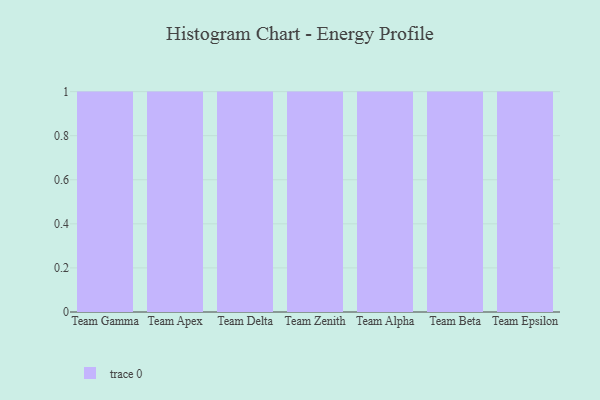
{"axis": {"x": "Team", "y": "Website Visitors"}, "legend": [""], "data": [{"x": "Team Gamma", "y": 54, "type": ""}, {"x": "Team Apex", "y": 76, "type": ""}, {"x": "Team Delta", "y": 58, "type": ""}, {"x": "Team Zenith", "y": 38, "type": ""}, {"x": "Team Alpha", "y": 21, "type": ""}, {"x": "Team Beta", "y": 20, "type": ""}, {"x": "Team Epsilon", "y": 51, "type": ""}]}